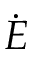
\dot { E }